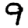
Digit: 9